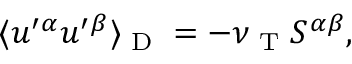
\langle { u ^ { \prime } { } ^ { \alpha } u ^ { \prime } { } ^ { \beta } } \rangle _ { \textrm { D } } = - \nu _ { \textrm { T } } { \cal { S } } ^ { \alpha \beta } ,